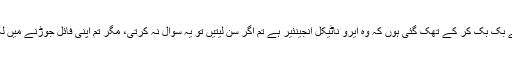
میں دو گھنٹے بک بک کر کے تھک گئی ہوں کہ وہ ایرو ناٹیکل انجینئیر ہے تم اگر سن لیتیں تو یہ سوال نہ کرتی، مگر تم اپنی فائل جوڑنے میں لگی ہوئی ہوں۔